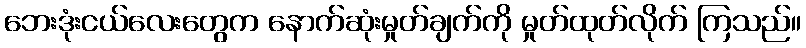
ဘေးဒုံးငယ်လေးတွေက နောက်ဆုံးမှုတ်ချက်ကို မှုတ်ထုတ်လိုက် ကြသည်။